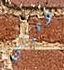
ذهبتي